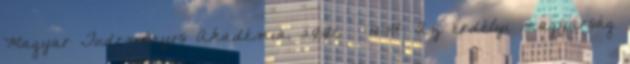
Magyar Tudományos Akadémia, 2001. – 141-147. Az erdélyi magyarság